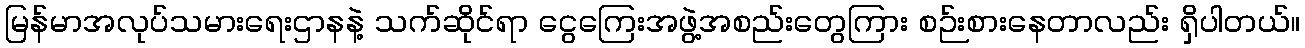
မြန်မာအလုပ်သမားရေးဌာနနဲ့ သက်ဆိုင်ရာ ငွေကြေးအဖွဲ့အစည်းတွေကြား စဉ်းစားနေတာလည်း ရှိပါတယ်။